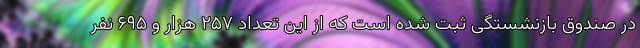
در صندوق بازنشستگی ثبت شده است که از این تعداد ۲۵۷ هزار و ۶۹۵ نفر